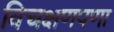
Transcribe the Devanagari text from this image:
विचक्षणपणा